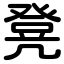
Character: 凳